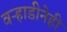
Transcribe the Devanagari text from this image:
वऱ्हाडीनेही